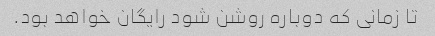
تا زمانی که دوباره روشن شود رایگان خواهد بود.